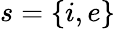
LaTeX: s=\{ i,e\}